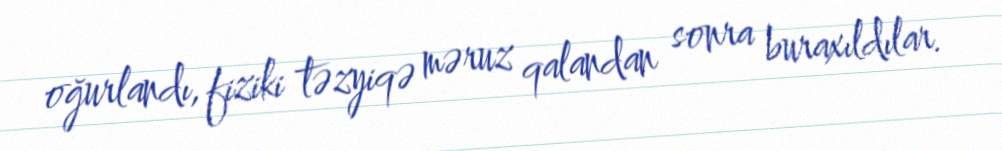
oğurlandı, fiziki təzyiqə məruz qalandan sonra buraxıldılar.